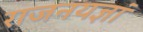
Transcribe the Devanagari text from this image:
राजनयज्ञां